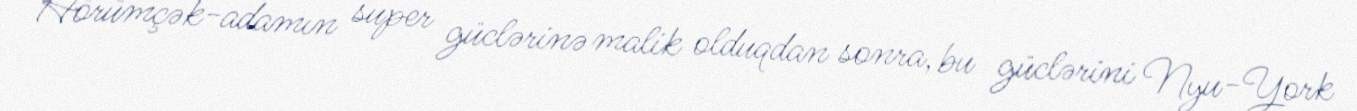
Hörümçək-adamın super güclərinə malik olduqdan sonra, bu güclərini Nyu-York